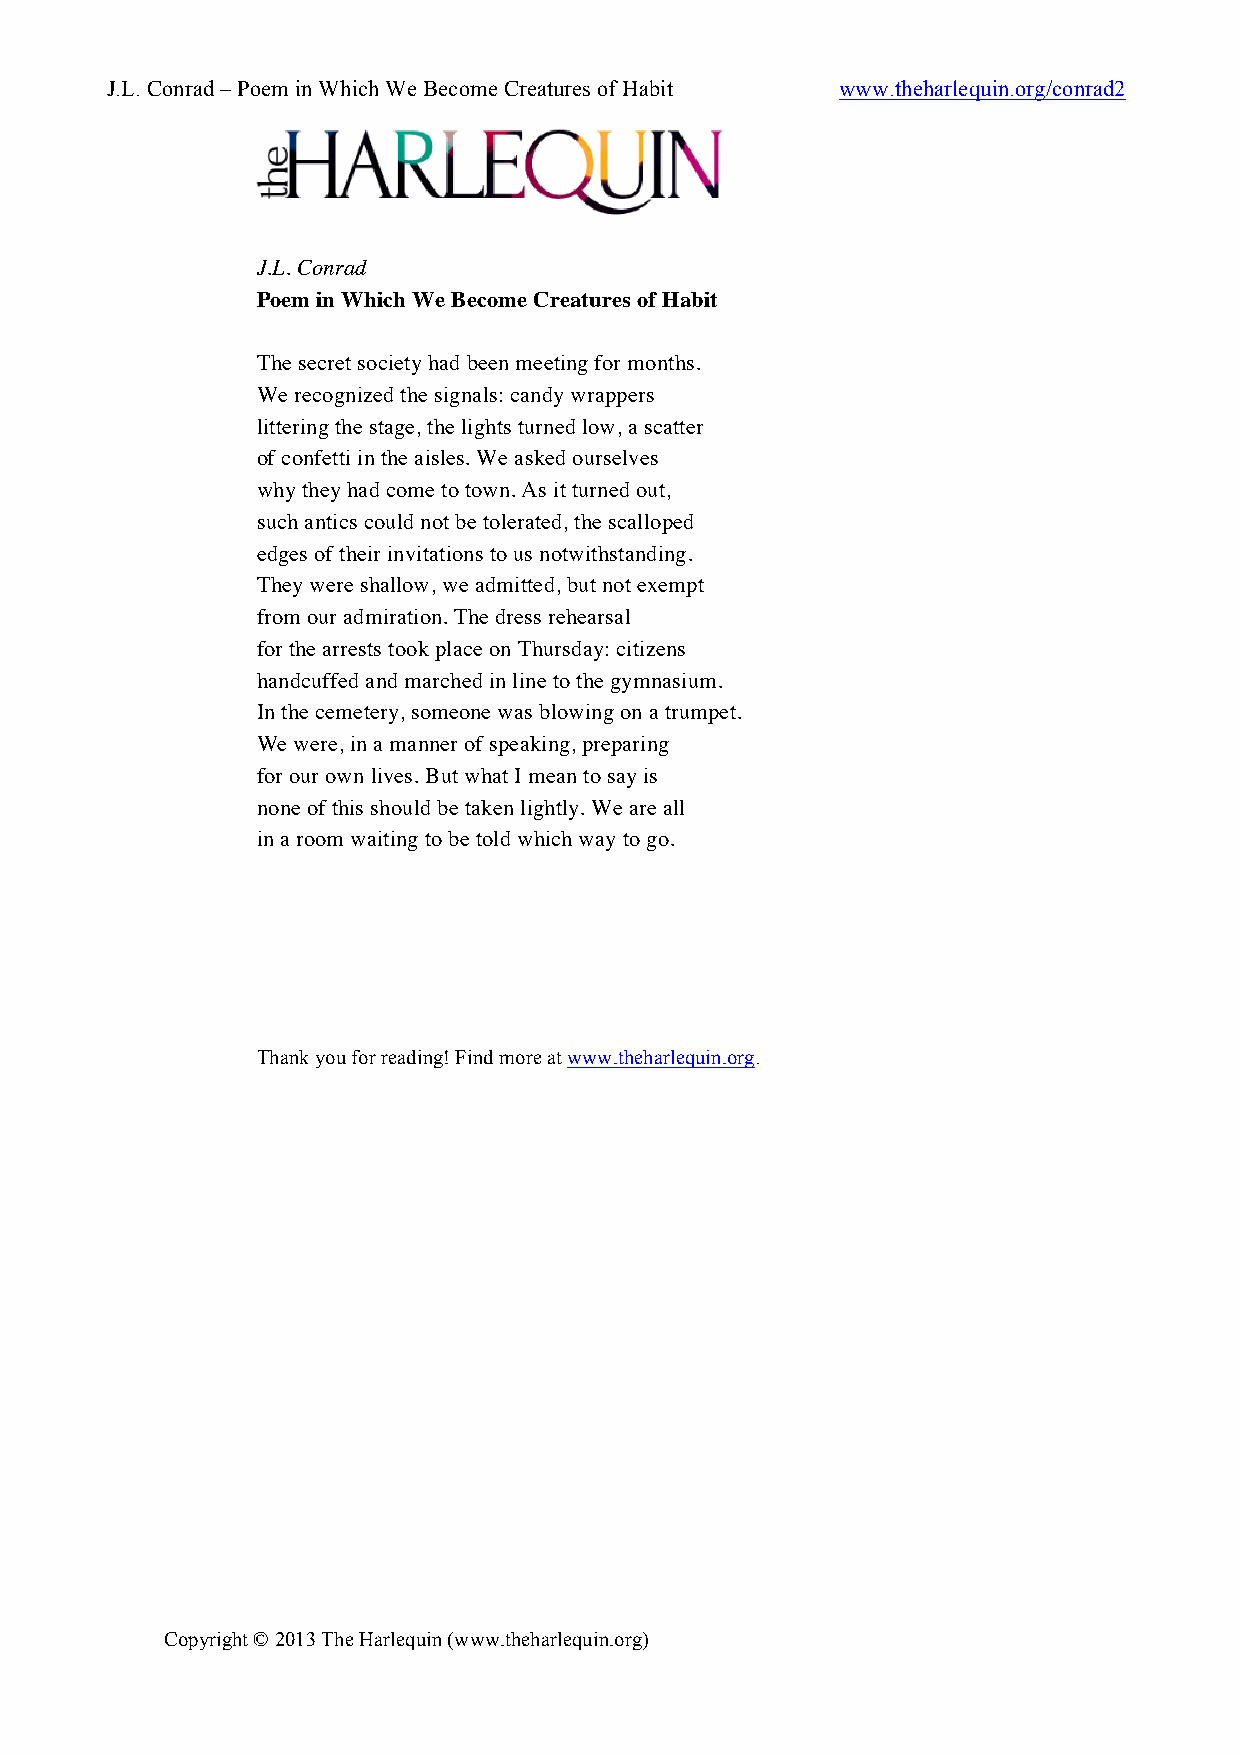
J.L. Conrad – Poem in Which We Become Creatures of Habit www.theharlequin.org/conrad2
 J.L. Conrad
 Poem in Which We Become Creatures of Habit
 The secret society had been meeting for months.
 We recognized the signals: candy wrappers
 littering the stage, the lights turned low, a scatter
 of confetti in the aisles. We asked ourselves
 why they had come to town. As it turned out,
 such antics could not be tolerated, the scalloped
 edges of their invitations to us notwithstanding.
 They were shallow, we admitted, but not exempt
 from our admiration. The dress rehearsal
 for the arrests took place on Thursday: citizens
 handcuffed and marched in line to the gymnasium.
 In the cemetery, someone was blowing on a trumpet.
 We were, in a manner of speaking, preparing
 for our own lives. But what I mean to say is
 none of this should be taken lightly. We are all
 in a room waiting to be told which way to go.
 Thank you for reading! Find more at www.theharlequin.org.
 Copyright © 2013 The Harlequin (www.theharlequin.org)